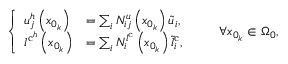
\left\{ \begin{array} { l l } { u _ { j } ^ { h } \left( x _ { 0 _ { k } } \right) } & { = \sum _ { i } { N } _ { i j } ^ { u } \left( { x } _ { 0 _ { k } } \right) \tilde { u } _ { i } , } \\ { l ^ { \mathrm { c } ^ { h } } \left( x _ { 0 _ { k } } \right) } & { = \sum _ { i } { N } _ { i } ^ { l ^ { \mathrm { c } } } \left( { x } _ { 0 _ { k } } \right) \tilde { l } _ { i } ^ { \mathrm { c } } , } \end{array} \right. \qquad \forall x _ { 0 _ { k } } \in \Omega _ { 0 } ,